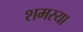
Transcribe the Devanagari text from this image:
शमस्या